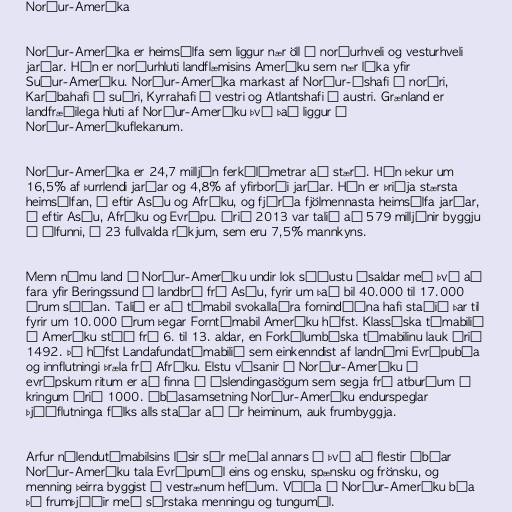
Norður-Ameríka

Norður-Ameríka er heimsálfa sem liggur nær öll á norðurhveli og vesturhveli
jarðar. Hún er norðurhluti landflæmisins Ameríku sem nær líka yfir
Suður-Ameríku. Norður-Ameríka markast af Norður-Íshafi í norðri,
Karíbahafi í suðri, Kyrrahafi í vestri og Atlantshafi í austri. Grænland er
landfræðilega hluti af Norður-Ameríku því það liggur á
Norður-Ameríkuflekanum.

Norður-Ameríka er 24,7 milljón ferkílómetrar að stærð. Hún þekur um
16,5% af þurrlendi jarðar og 4,8% af yfirborði jarðar. Hún er þriðja stærsta
heimsálfan, á eftir Asíu og Afríku, og fjórða fjölmennasta heimsálfa jarðar,
á eftir Asíu, Afríku og Evrópu. Árið 2013 var talið að 579 milljónir byggju
í álfunni, í 23 fullvalda ríkjum, sem eru 7,5% mannkyns.

Menn námu land í Norður-Ameríku undir lok síðustu ísaldar með því að
fara yfir Beringssund á landbrú frá Asíu, fyrir um það bil 40.000 til 17.000
árum síðan. Talið er að tímabil svokallaðra fornindíána hafi staðið þar til
fyrir um 10.000 árum þegar Forntímabil Ameríku hófst. Klassíska tímabilið
í Ameríku stóð frá 6. til 13. aldar, en Forkólumbíska tímabilinu lauk árið
1492. Þá hófst Landafundatímabilið sem einkenndist af landnámi Evrópubúa
og innflutningi þræla frá Afríku. Elstu vísanir í Norður-Ameríku í
evrópskum ritum er að finna í Íslendingasögum sem segja frá atburðum í
kringum árið 1000. Íbúasamsetning Norður-Ameríku endurspeglar
þjóðflutninga fólks alls staðar að úr heiminum, auk frumbyggja.

Arfur nýlendutímabilsins lýsir sér meðal annars í því að flestir íbúar
Norður-Ameríku tala Evrópumál eins og ensku, spænsku og frönsku, og
menning þeirra byggist á vestrænum hefðum. Víða í Norður-Ameríku búa
þó frumþjóðir með sérstaka menningu og tungumál.